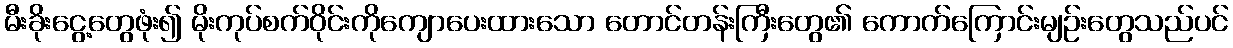
မီးခိုးငွေ့တွေဖုံး၍ မိုးကုပ်စက်ဝိုင်းကိုကျောပေးထားသော တောင်တန်းကြီးတွေ၏ ကောက်ကြောင်းမျဉ်းတွေသည်ပင်